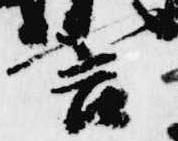
言